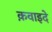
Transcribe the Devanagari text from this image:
क़वाइदे